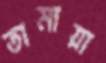
তামায়া